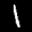
Label: 1